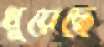
ধুয়েছে